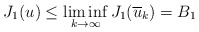
\begin{align*}J_{1}(u)\leq\liminf_{k\rightarrow\infty}J_{1}(\overline{u}_{k})=B_{1}\end{align*}